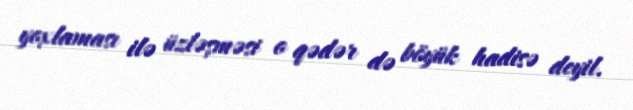
yoxlaması ilə üzləşməsi o qədər də böyük hadisə deyil.